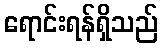
ရောင်းရန်ရှိသည်